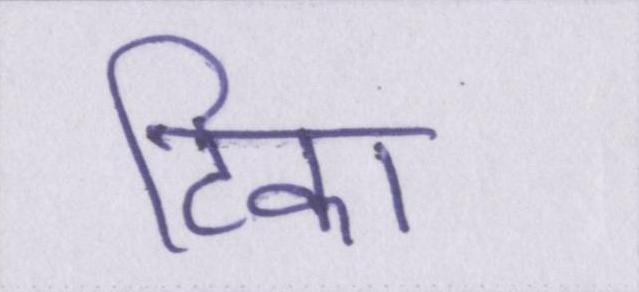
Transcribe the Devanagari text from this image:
टिका